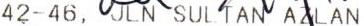
42-46, JLN SULTAN AZLAN